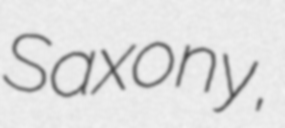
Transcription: Saxony,